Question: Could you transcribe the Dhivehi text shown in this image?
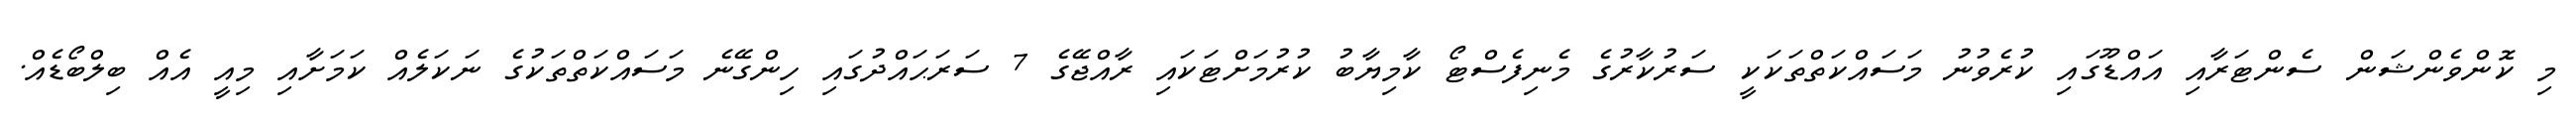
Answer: މި ކޮންވެންޝަން ސެންޓަރާއި އައްޑޫގައި ކުރެވުނު މަސައްކަތްތަކަކީ ސަރުކާރުގެ މެނިފެސްޓޯ ކާމިޔާބު ކުރުމަށްޓަކައި ރާއްޖޭގެ 7 ސަރަޙައްދުގައި ހިންގޭނެ މަސައްކަތްތަކުގެ ނަކަލެއް ކަމަށާއި މިއީ އެއް ބިލްބޯޑެއް.